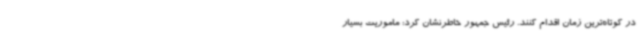
در کوتاه‌ترین زمان اقدام کنند. رئیس جمهور خاطرنشان کرد: ماموریت بسیار